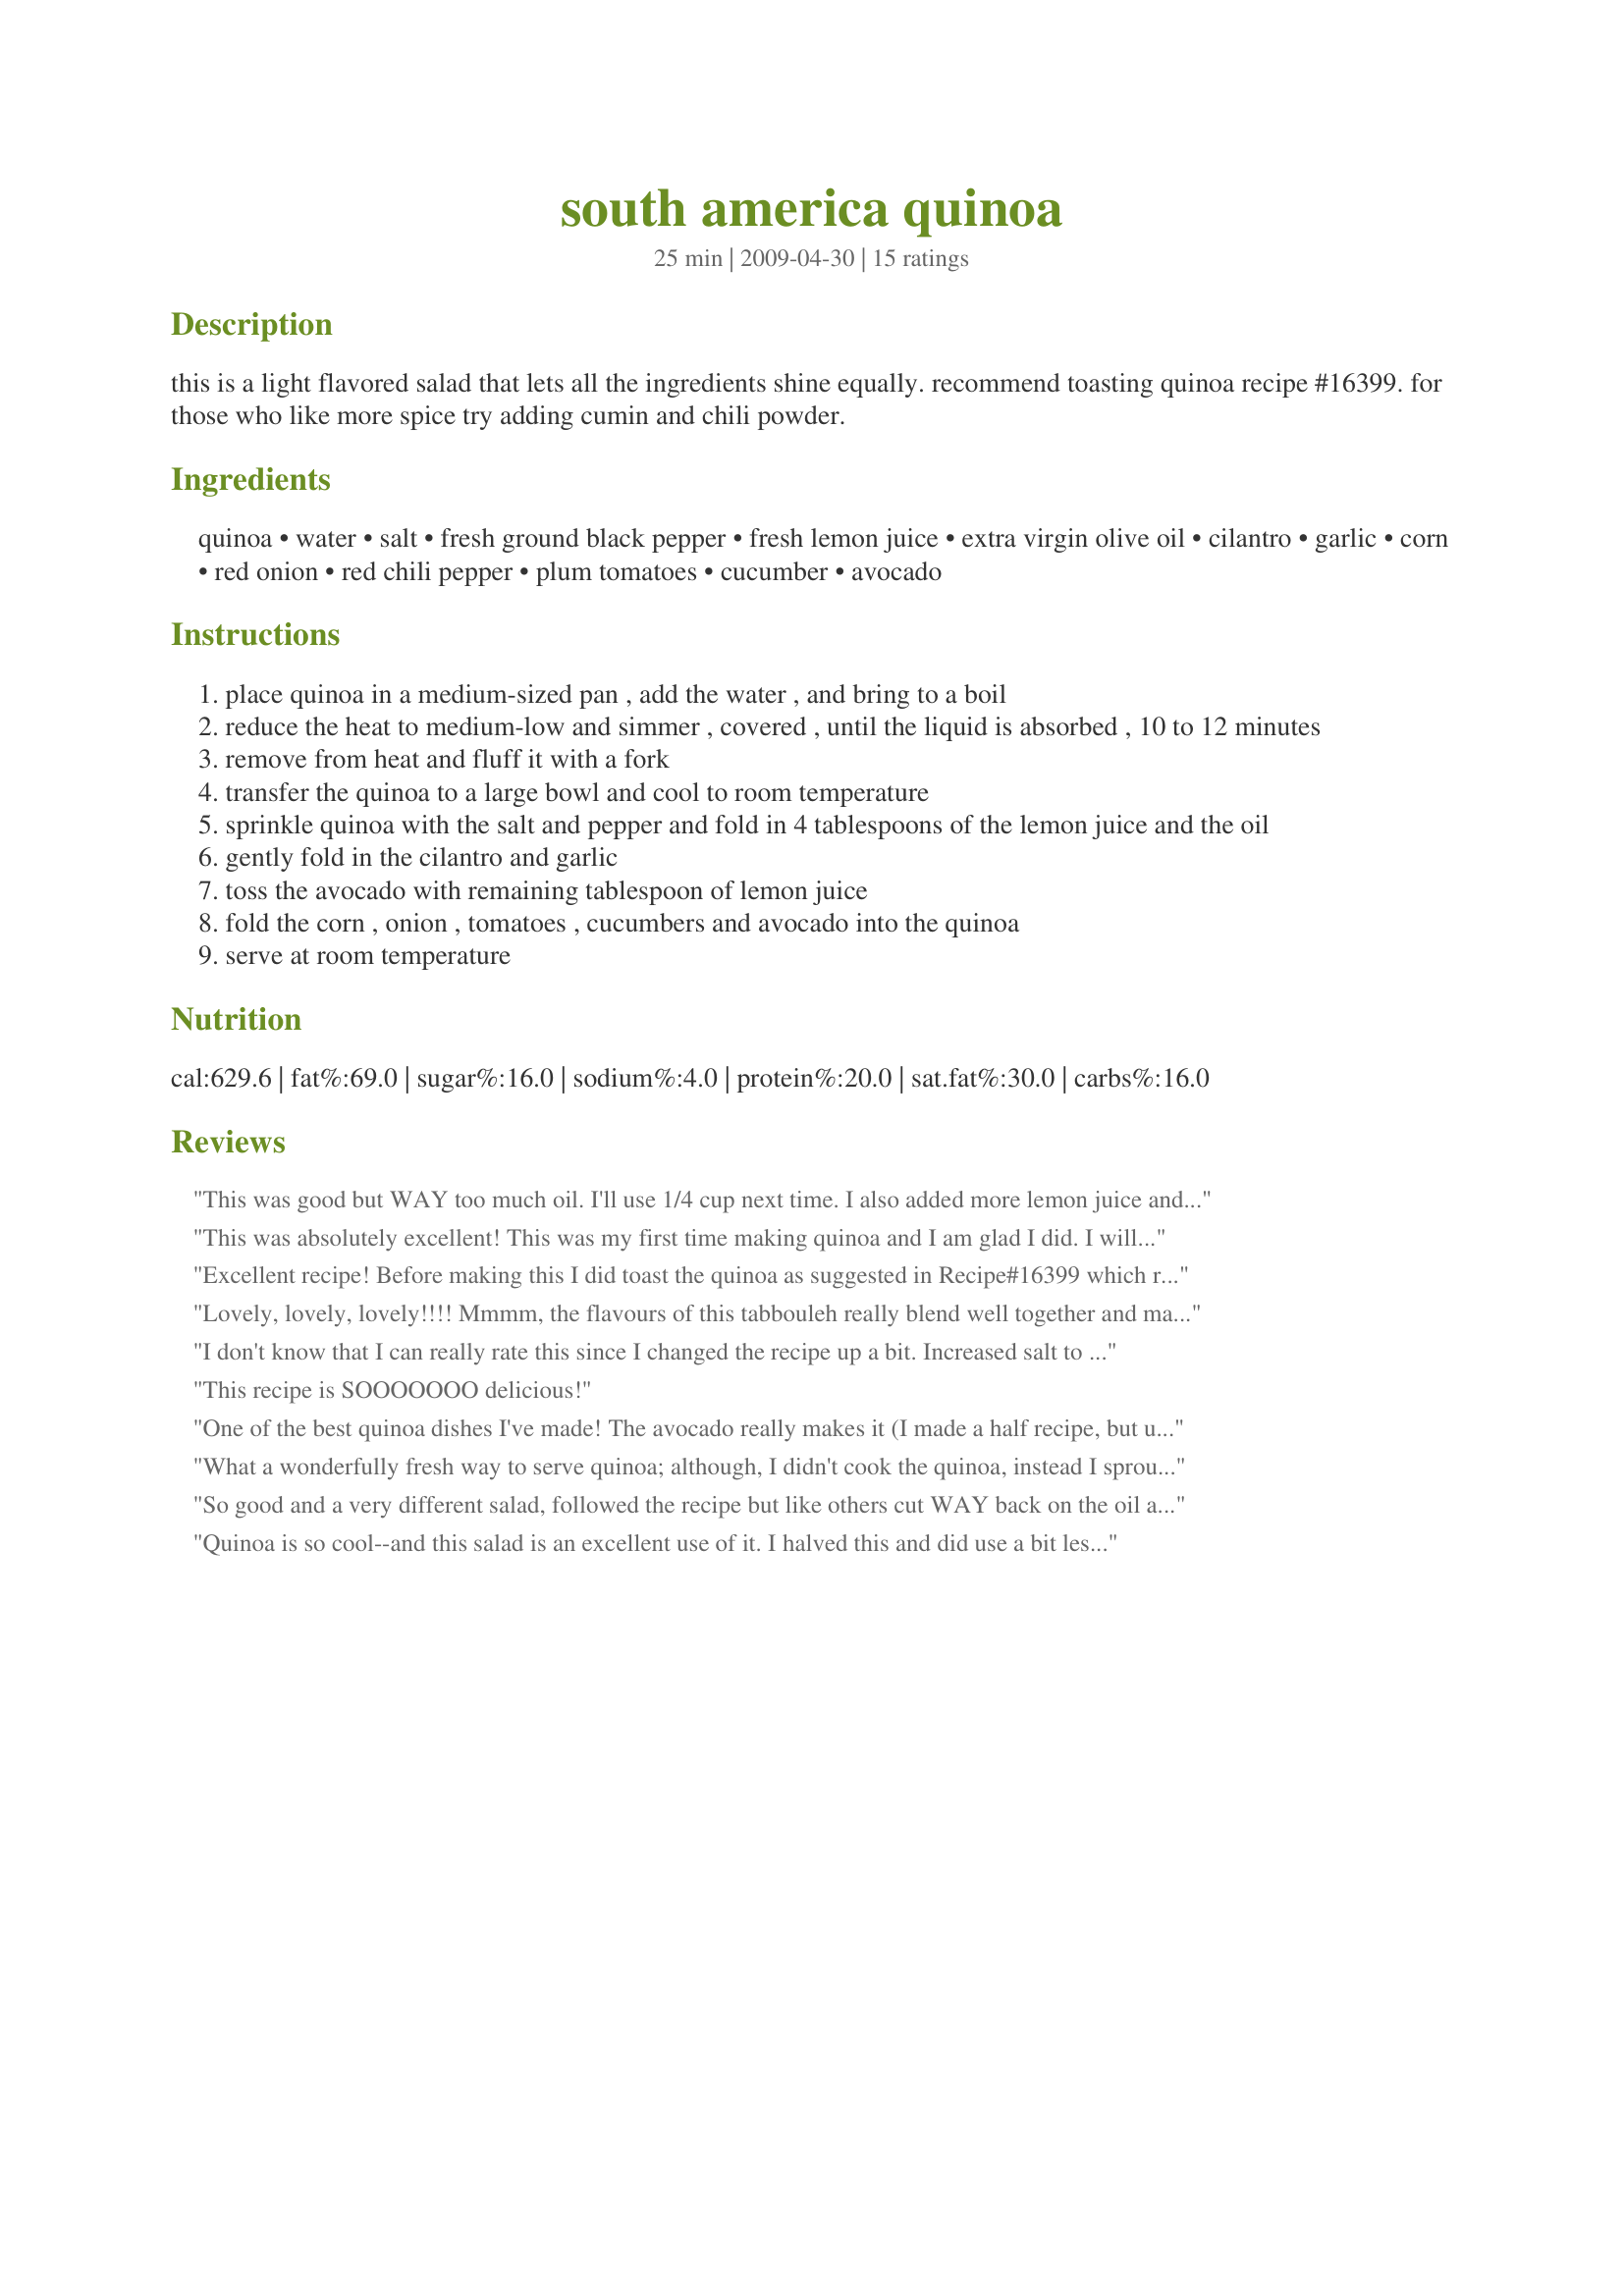
south america quinoa
Preparation time: 25 minutes

this is a light flavored salad that lets all the ingredients shine equally. recommend toasting quinoa recipe #16399. for those who like more spice try adding cumin and chili powder.

Ingredients:
quinoa, water, salt, fresh ground black pepper, fresh lemon juice, extra virgin olive oil, cilantro, garlic, corn, red onion, red chili pepper, plum tomatoes, cucumber, avocado

Steps:
place quinoa in a medium-sized pan , add the water , and bring to a boil
reduce the heat to medium-low and simmer , covered , until the liquid is absorbed , 10 to 12 minutes
remove from heat and fluff it with a fork
transfer the quinoa to a large bowl and cool to room temperature
sprinkle quinoa with the salt and pepper and fold in 4 tablespoons of the lemon juice and the oil
gently fold in the cilantro and garlic
toss the avocado with remaining tablespoon of lemon juice
fold the corn , onion , tomatoes , cucumbers and avocado into the quinoa
serve at room temperature

Reviews:
This was good but WAY too much oil. I'll use 1/4 cup next time. I also added more lemon juice and salt and pepper.
This was absolutely excellent! This was my first time making quinoa and I am glad I did. I will be adding this to my regular meal rotation.
Excellent recipe! Before making this I did toast the quinoa as suggested in Recipe#16399 which really does add a lot. I reduced the oil to 1 tablespoon to lower the fat levels. I subbed zucchini for cucumber and a hard boiled egg for the avocado. I also added in 1 teaspoon of ground cumin. Thank you debbwl for a wonderful lunch. Made for Everyday is a Holiday.
Lovely, lovely, lovely!!!!
Mmmm, the flavours of this tabbouleh really blend well together and make for a very tasty treat!
I made a few changes due to personal preference: Used parsley instead of the cilantro and left out the oil and the lemon juice. I found the end result to be super delish and will definitely make this again and again!
THANKS SO MUCH for sharing this lovely recipe with us, Debbie!
Made and reviewed for Everyday Is A Holiday February 2010-Sharing the Love.
I don't know that I can really rate this since I changed the recipe up a bit. Increased salt to 1 tsp. Used one lemon. Sauteed 1/4 onion and 2 cloves garlic in 2 tbsp. olive oil and didn't use any more oil than that. Didn't have any cilantro or corn. Used 2 good sized tomatoes and 1/2 cucumber. Served avocado on the side.
This recipe is SOOOOOOO delicious!
One of the best quinoa dishes I've made! The avocado really makes it (I made a half recipe, but used the whole avocado). I also used broth, double the "cilantro" (subbed parsley for DH's sake), and only a half tablespoon of oil for the half recipe. A definite new favorite!
What a wonderfully fresh way to serve quinoa; although, I didn't cook the quinoa, instead I sprouted it over night to add even more to the nutritional power this grain has. I halfed the oil as others suggested cutting it down a bit but needed a little extra since it wasn't cooked. I served this over a bed of crispy romaine and generously sprinkled with chili powder and red pepper flakes. My husband really enjoyed this and since this is so healthy I think he will be having this once a week. Thank you so much for this!! Made for Veggie Swap 23!
So good and a very different salad, followed the recipe but like others cut WAY back on the oil and don't think I missed it. The blend of flavors puts this dish over the top, it does make a lot but that just means we have more for the next day to enjoy once the flavors have all blended
Quinoa is so cool--and this salad is an excellent use of it. I halved this and did use a bit less oil than called for. I also skipped the corn and used red bell peppers instead of chilis. I followed the recommendations and toastd the quinoa and added some cumin to the salad--super results and SO healthy. Thanks, Deb!
Delicious! I served this with my panko crusted chicken schnitzel. It was a terrific way to get healthy veggies into me and the quinoa was surprisingly good. I used the toasted method as well
I followed the suggested toasting directions and was well pleased with the difference it made. I made the salad with only two adjustments and used lime juice instead of lemon. I used very little oil~ maybe 1 and a half tablespoons. There was plenty of flavor from the other ingredients and it is a very colorful salad. Served with Recipe #318943 and Recipe #357265. Made for Ramadan Tag in the NA*ME Forum.
Wonderful. I enjoyed this for lunch today. I wasn't able to find plain quinoa in any of my local stores, so I had to substitute a whole grain quinoa blend that included brown rice, millet, cilantro and other seasonings. The package directions stated to saute the grains in 1 tablespoon of oil until golden brown. I omitted the 1 cup olive oil as WiGal suggested. Otherwise made as stated. Would also be good with some grilled chicken. Thank you for the recipe...it is a keeper! Made for Every Day is a Holiday tag.
Very nice salad...! I followed the recipe ingredients as written except for the oil....where based on what the other reviewers wrote, I only used a tbsp or so. I think anymore and it would have been too wet (let alone it just doesn't need it). I also toasted the quinoa. I think next time I might cook the quinoa in veggie broth, just for a little extra flavour. Thanks Deb, this was very fresh and has nice flavour. I'm planning to make this again for a large BBQ party in a few weeks.
Toasting the quinoa, as suggested changed my entire perspective of quinoa! It wasn't bitter, was nutty - and quite simply - was delicious - before I added the rest of the stuff! LIke CK, I halved the olive oil, and even then, think I could get away with even less than that. Excellent, flavours in here, this will make wonderful lunches to take to work next week! Thanks, Debb! Made for Veg*n Swap 12.
